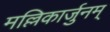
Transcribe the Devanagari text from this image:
मल्लिकार्जुनम्